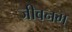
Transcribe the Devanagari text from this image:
जीवनम्